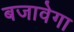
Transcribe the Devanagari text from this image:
बजावेगा